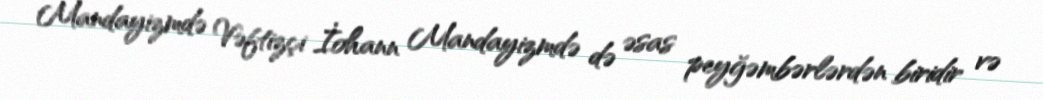
Mandayizmdə Vəftizçi İohann Mandayizmdə də əsas peyğəmbərlərdən biridir və